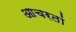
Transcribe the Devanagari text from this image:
आचरतां